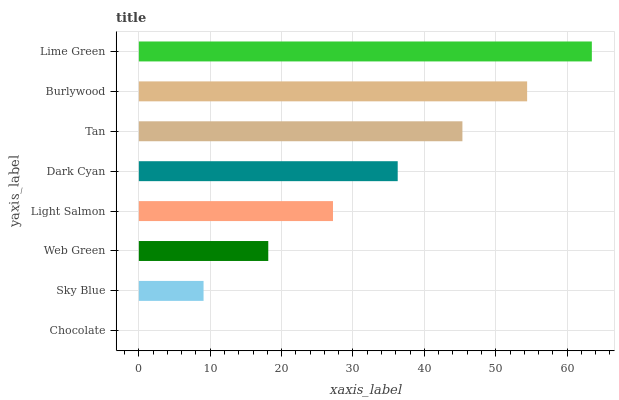
| yaxis_label | bars |
 | --- | --- |
 | Chocolate | 0 |
 | Sky Blue | 9.07 |
 | Web Green | 18.1 |
 | Light Salmon | 27.2 |
 | Dark Cyan | 36.3 |
 | Tan | 45.3 |
 | Burlywood | 54.4 |
 | Lime Green | 63.5 |